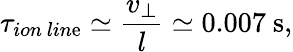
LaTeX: \tau_{ion~lin\mathrm{e}}\simeq\frac{{v_{\perp}}}{{l}}\simeq0.007~\mathrm{{s}},